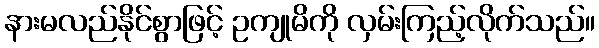
နားမလည်နိုင်စွာဖြင့် ဥကျုမိကို လှမ်းကြည့်လိုက်သည်။